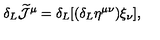
\delta _ { L } \widetilde { \cal J } ^ { \mu } = \delta _ { L } [ ( \delta _ { L } \eta ^ { \mu \nu } ) \xi _ { \nu } ] ,